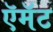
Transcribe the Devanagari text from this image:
ऍमॅट